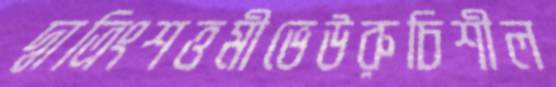
দ্বাত্রিংশত্তমীভেউরুচিশীল